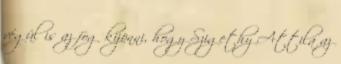
végül is az fog kijönni, hogy Szigethy Attila az